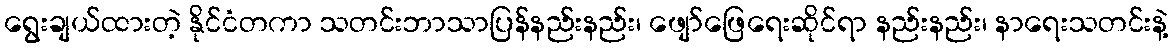
ရွေးချယ်ထားတဲ့ နိုင်ငံတကာ သတင်းဘာသာပြန်နည်းနည်း၊ ဖျော်ဖြေရေးဆိုင်ရာ နည်းနည်း၊ နာရေးသတင်းနဲ့